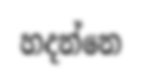
හදන්නෙ